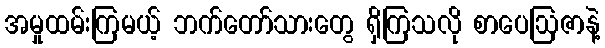
အမှုထမ်းကြမယ့် ဘက်တော်သားတွေ ရှိကြသလို စာပေဩဇာနဲ့